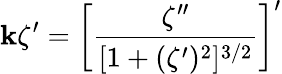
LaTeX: \mathbf{k}\zeta^{\prime}=\left[\frac{{\zeta^{\prime\prime}}}{{[1+(\zeta^{\prime})^{2}]^{3/2}}}\right]^{\prime}